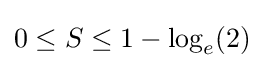
0\leq S\leq 1-\log _{e}(2)